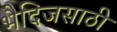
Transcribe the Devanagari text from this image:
भैदिजसाठी